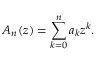
A _ { n } ( z ) = \sum _ { k = 0 } ^ { n } a _ { k } z ^ { k } .